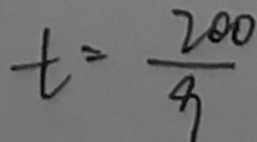
t = \frac { 2 0 0 } { 9 }